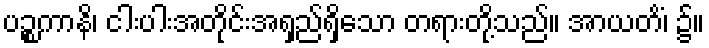
ပဉ္စကာနိ၊ ငါးပါးအတိုင်းအရှည်ရှိသော တရားတို့သည်။ အာယတိံ၊ ၌။